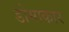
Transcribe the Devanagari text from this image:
डोमाकार